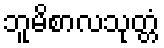
ဘူမိစာလသုတ္တံ